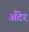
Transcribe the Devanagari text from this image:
अँटेर